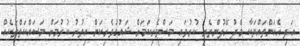
އަދި އެކަންތައްތަކާ މެދު ހޭލުންތެރި ކުރުވައި މަސްވެރިކަމަށް ޝައުގުވެރިކަން އިތުރު ކުރުމަށް މަސައްކަތްތަކެއް